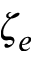
\zeta _ { e }